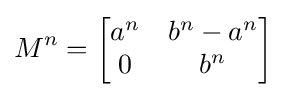
M^{n}={\begin{bmatrix}a^{n}&b^{n}-a^{n}\\0&b^{n}\end{bmatrix}}